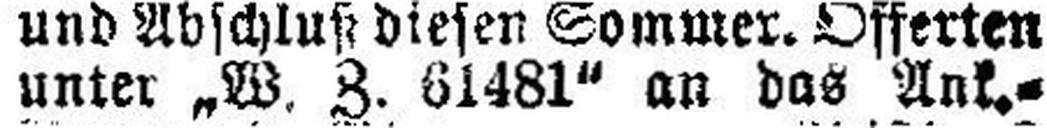
unter „W. Z. 61481" an das Ank.=